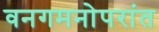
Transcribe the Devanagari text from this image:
वनगमनोपरांत